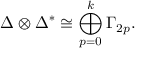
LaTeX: \Delta \otimes \Delta ^ { * } \cong \bigoplus _ { p = 0 } ^ { k } \Gamma _ { 2 p } .